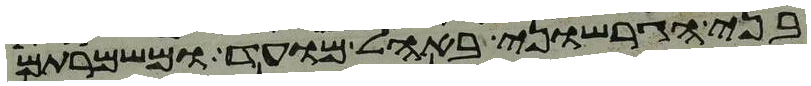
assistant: בני הגרשוני באהל מועד ומשמרתם